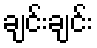
ချင်းချင်း